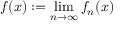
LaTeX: f ( x ) : = \operatorname* { l i m } _ { n \rightarrow \infty } f _ { n } ( x )